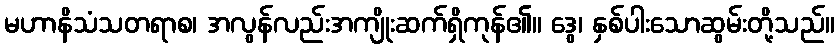
မဟာနိသံသတရာစ၊ အလွန်လည်းအကျိုးဆက်ရှိကုန်၏။ ဒွေ၊ နှစ်ပါးသောဆွမ်းတို့သည်။